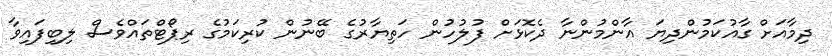
ދިމާއަށް ގާއުކަމުންދިޔަ އާންމުންނާ ދެކޮޅަށް ފުލުހުން ހަތިޔާރުގެ ބޭނުން ކުރިކަމުގެ ރިޕޯޓްތައްވެސް ލިބިފައިވާ